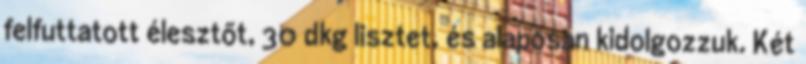
felfuttatott élesztőt, 30 dkg lisztet, és alaposan kidolgozzuk. Két